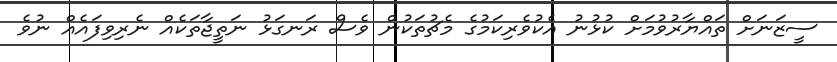
ސީޒަނަށް ތައްޔާރުވުމަށް ކުޅުނު އެކުވެރިކަމުގެ މެޗުތަކުން ވެސް ރަނގަޅު ނަތީޖާތަކެއް ނެރިވިފައެއް ނުވެ